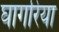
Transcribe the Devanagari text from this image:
घागरिया